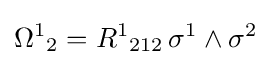
{\Omega ^{1}}_{2}={R^{1}}_{212}\,\sigma ^{1}\wedge \sigma ^{2}